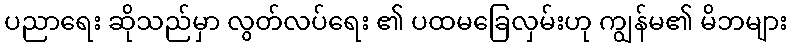
ပညာရေး ဆိုသည်မှာ လွတ်လပ်ရေး ၏ ပထမခြေလှမ်းဟု ကျွန်မ၏ မိဘများ